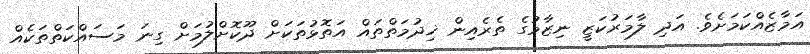
އަމާޒެއްކަމަށެވެ. އަދި ލާމަރުކަޒީ ނިޒާމުގެ ތެރެއިން ޚިދުމަތްތައް އަތޮޅުތަކަށް ދޫކޮށްލުމަށް ގިނަ މަސައްކަތްތަކެއް